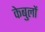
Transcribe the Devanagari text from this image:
केबुलों